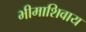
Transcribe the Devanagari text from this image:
भीमाशिवाय